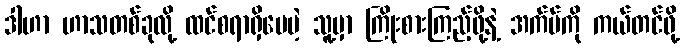
ဒါဟာ ဟာသတစ်ခုလို့ ထင်စရာရှိပေမဲ့ သူ့မှာ ကြိုးစားကြည့်ဖို့နဲ့ အက်ပ်ကို ကယ်တင်ဖို့